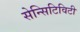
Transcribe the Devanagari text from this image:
सेन्सिटिविटी